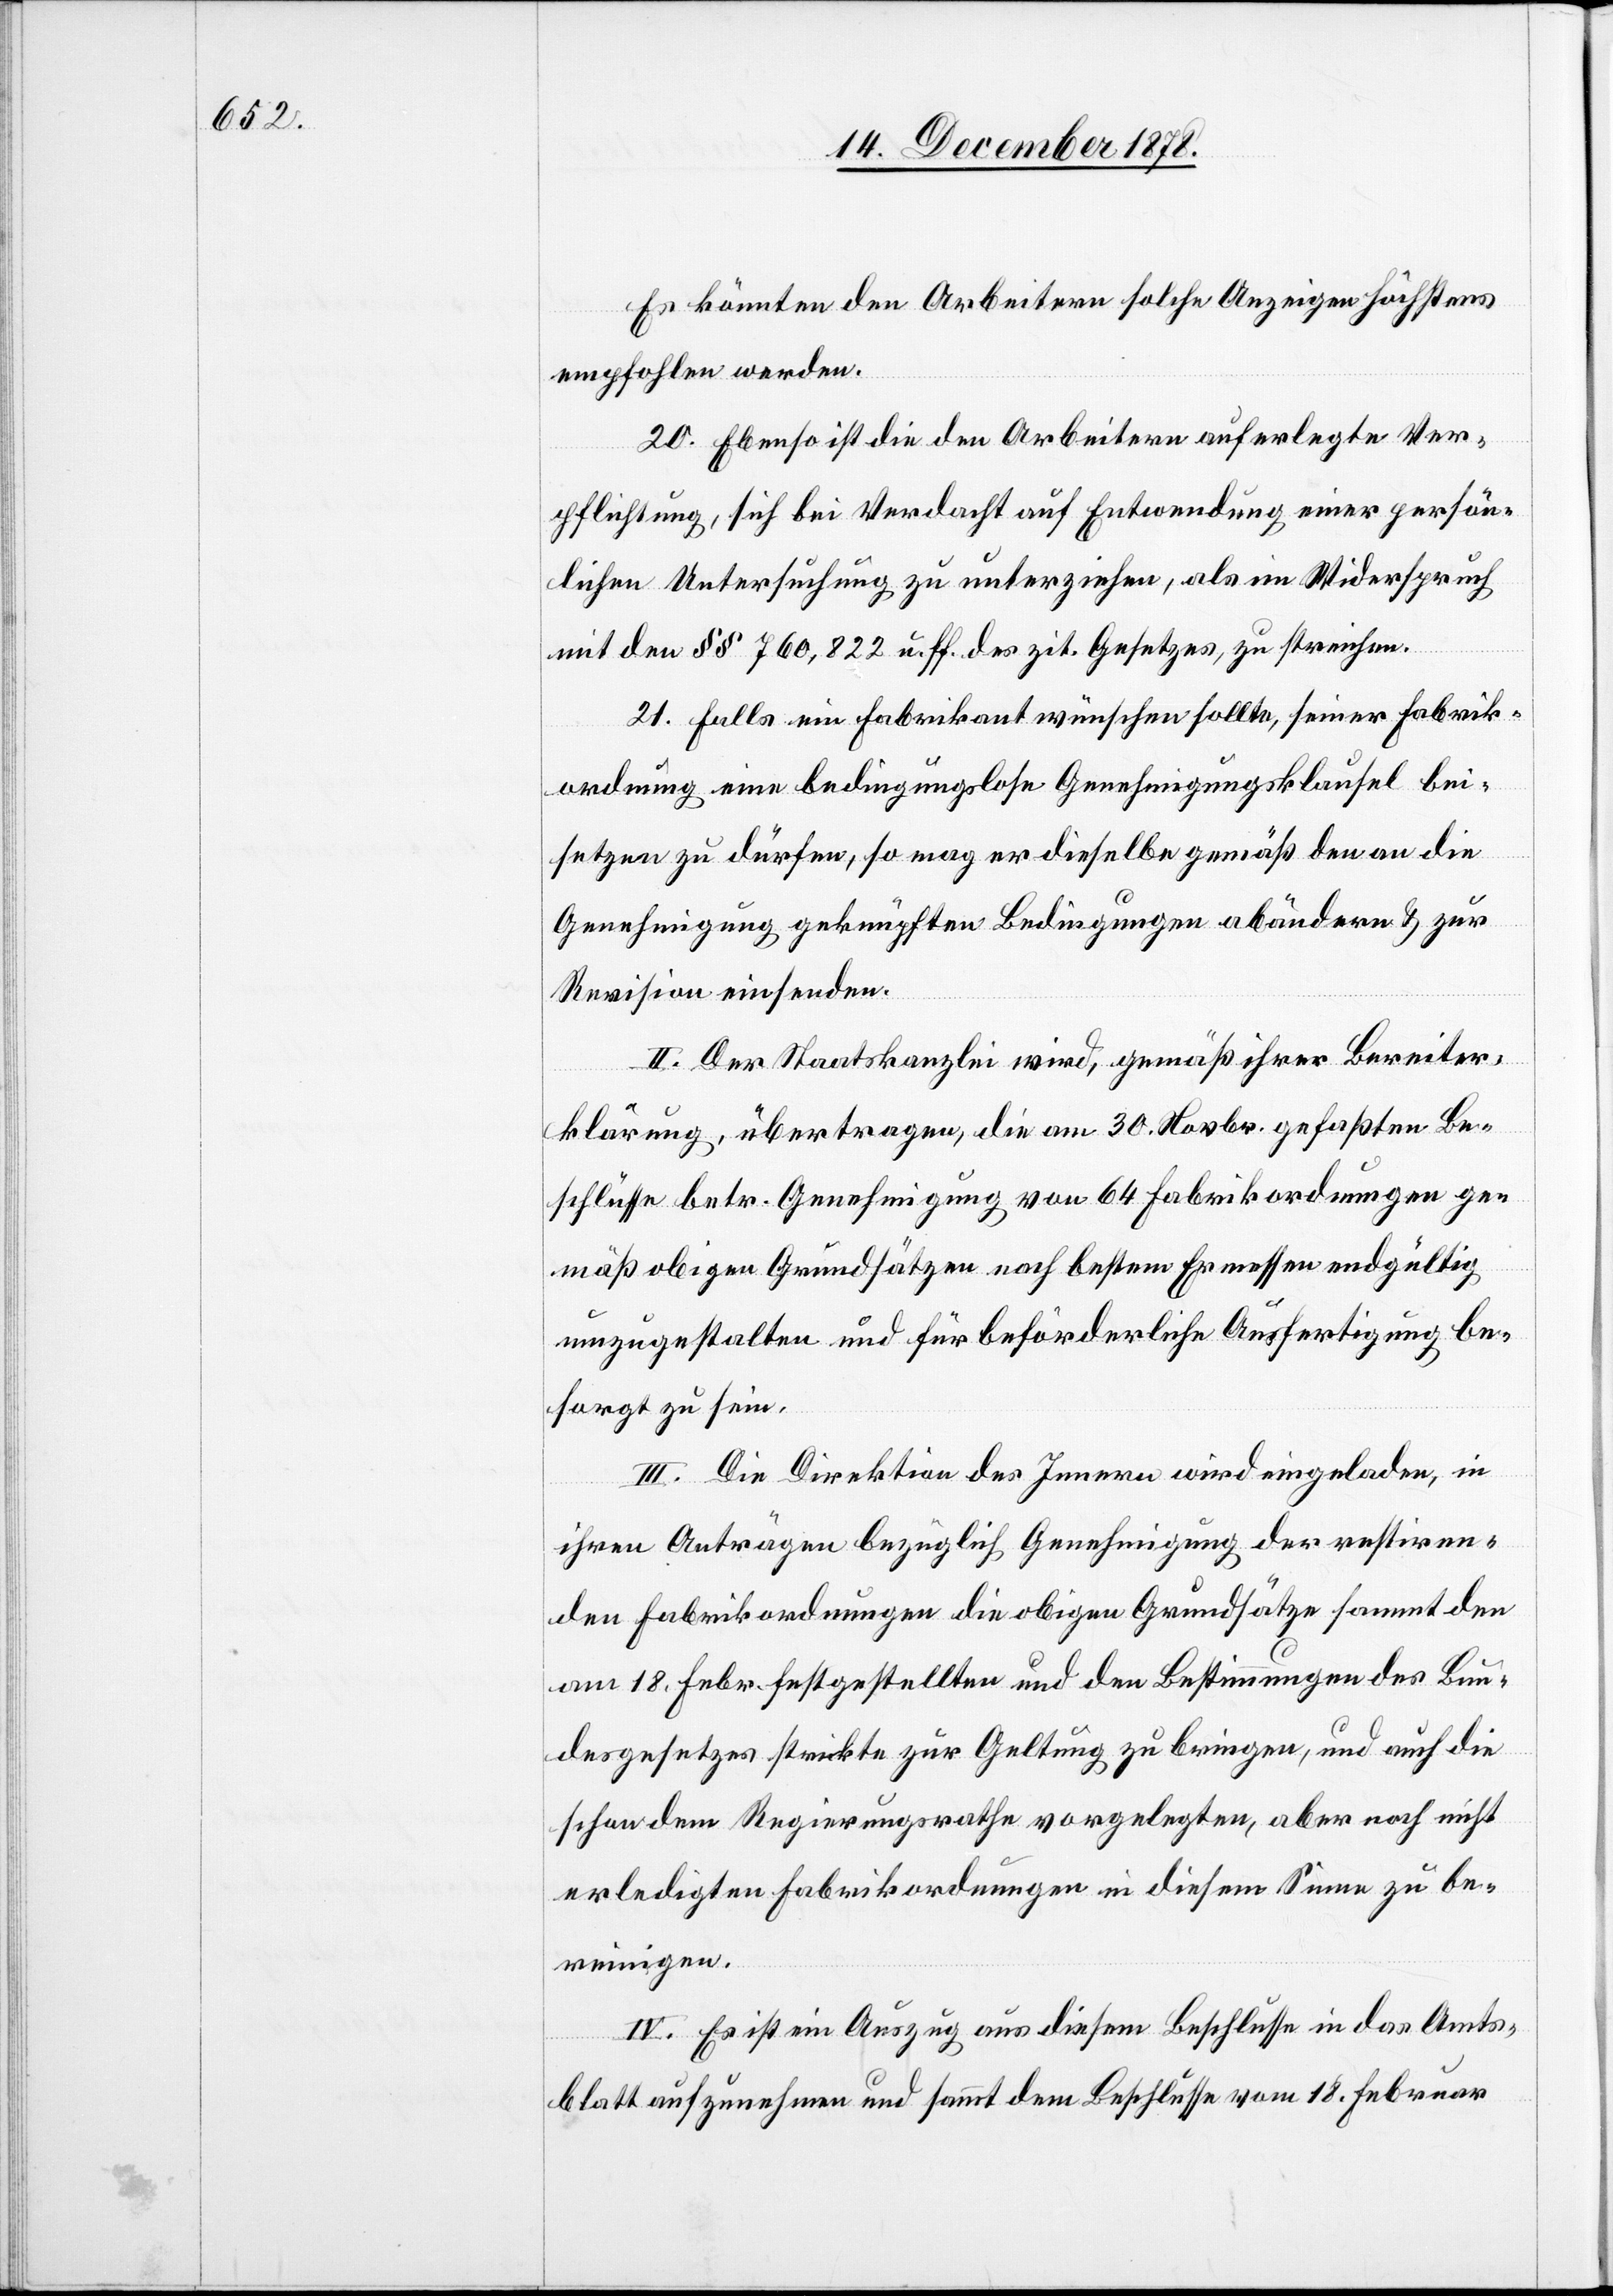
Es könnten den Arbeitern solche Anzeigen höchstens
empfohlen werden.
20. Ebenso ist die den Arbeitern auferlegte Ver¬
pflichtung, sich bei Verdacht auf Entwendung einer persön¬
lichen Untersuchung zu unterziehen, als im Widerspruch
mit den §§ 760, 822 u. ff. des zit. Gesetzes, zu streichen.
21. Falls ein Fabrikant wünschen sollte, seiner Fabrik¬
ordnung eine bedingungslose Genehmigungsklausel bei¬
setzen zu dürfen, so mag er dieselbe gemäß den an die
Genehmigung geknüpften Bedingungen abändern & zur
Revision einsenden.
II. Der Staatskanzlei wird, gemäß ihrer Bereiter¬
klärung, übertragen, die am 30. Novbr. gefaßten Be¬
schlüsse betr. Genehmigung von 64 Fabrikordnungen ge¬
mäß obigen Grundsätzen nach bestem Ermessen endgültig
umzugestalten und für beförderliche Ausfertigung be¬
sorgt zu sein.
III. Die Direktion des Innern wird eingeladen, in
ihren Anträgen bezüglich Genehmigung der restiren¬
den Fabrikordnungen die obigen Grundsätze sammt den
am 18. Febr. festgestellten und den Bestimmungen des Bun¬
desgesetzes strikte zur Geltung zu bringen, und auch die
schon dem Regierungsrathe vorgelegten, aber noch nicht
erledigten Fabrikordnungen in diesem Sinne zu be¬
reinigen.
IV. Es ist ein Auszug aus diesem Beschlusse in das Amts¬
blatt aufzunehmen und sammt dem Beschlusse vom 18. Februar